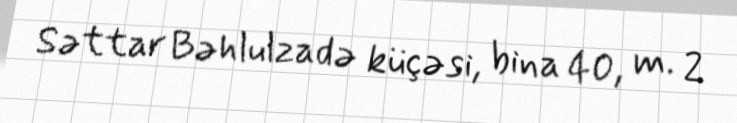
Səttar Bəhlulzadə küçəsi, bina 40, m. 2